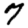
Digit: 7